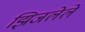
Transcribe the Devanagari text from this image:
झिजलेले